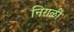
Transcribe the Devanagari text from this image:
निराळीं